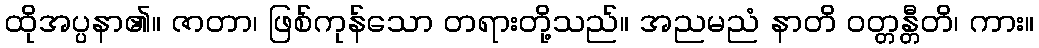
ထိုအပ္ပနာ၏။ ဇာတာ၊ ဖြစ်ကုန်သော တရားတို့သည်။ အညမညံ နာတိ ဝတ္တန္တီတိ၊ ကား။